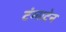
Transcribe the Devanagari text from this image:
टंग्सटेन